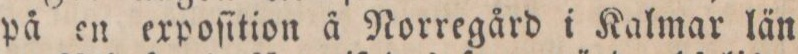
på en expoſition å Norregård i Kalmar län